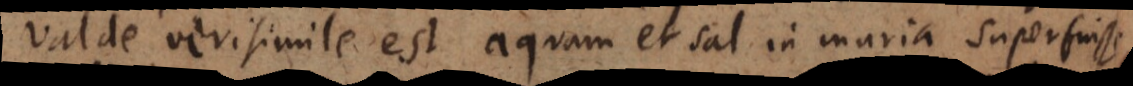
valde verisimile est aquam et sal in muria superfuisse,